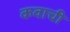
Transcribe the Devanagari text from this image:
कवाची